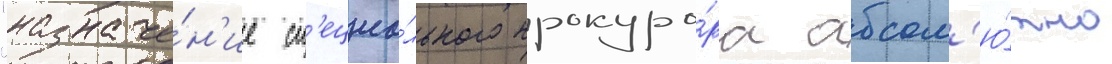
"назначе́н'ие сп'ециа́льного прокуро́ра абсол'ю́тно